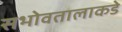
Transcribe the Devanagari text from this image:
सभोवतालाकडे